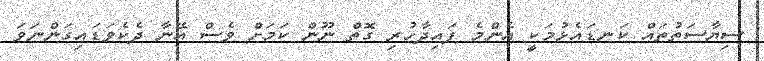
ސިޔާސަތުތައް ކަނޑައެޅުމަކީ އެންމެ ފައިދާހުރި ގޮތް ނޫން ކަމަށް ވެސް އޭނާ ދެކެވަޑައިގަންނަވަ